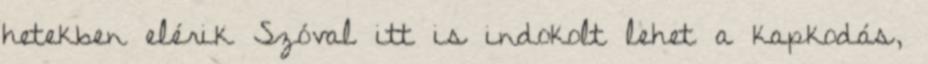
hetekben elérik Szóval itt is indokolt lehet a kapkodás,